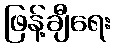
ဖြန့်ချီရေး